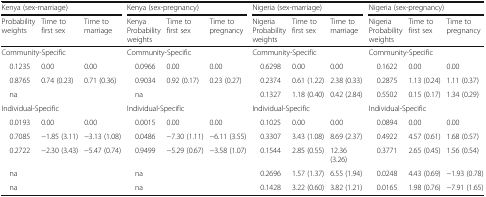
<table><thead><tr><td colspan="3"><b>Kenya (sex-marriage)</b></td><td colspan="3"><b>Kenya (sex-pregnancy)</b></td><td colspan="3"><b>Nigeria (sex-marriage)</b></td><td colspan="3"><b>Nigeria (sex-pregnancy)</b></td></tr><tr><td><b>Probability weights</b></td><td><b>Time to first sex</b></td><td><b>Time to marriage</b></td><td><b>Kenya Probability weights</b></td><td><b>Time to first sex</b></td><td><b>Time to pregnancy</b></td><td><b>Nigeria Probability weights</b></td><td><b>Time to first sex</b></td><td><b>Time to marriage</b></td><td><b>Nigeria Probability weights</b></td><td><b>Time to first sex</b></td><td><b>Time to pregnancy</b></td></tr></thead><tbody><tr><td colspan="3">Community-Specific</td><td colspan="3">Community-Specific</td><td colspan="3">Community-Specific</td><td colspan="3">Community-Specific</td></tr><tr><td> 0.1235</td><td>0.00</td><td>0.00</td><td> 0.0966</td><td>0.00</td><td>0.00</td><td> 0.6298</td><td>0.00</td><td>0.00</td><td> 0.1622</td><td>0.00</td><td>0.00</td></tr><tr><td> 0.8765</td><td>0.74 (0.23)</td><td>0.71 (0.36)</td><td> 0.9034</td><td>0.92 (0.17)</td><td>0.23 (0.27)</td><td> 0.2374</td><td>0.61 (1.22)</td><td>2.38 (0.33)</td><td> 0.2875</td><td>1.13 (0.24)</td><td>1.11 (0.37)</td></tr><tr><td> na</td><td></td><td></td><td> na</td><td></td><td></td><td> 0.1327</td><td>1.18 (0.40)</td><td>0.42 (2.84)</td><td> 0.5502</td><td>0.15 (0.17)</td><td>1.34 (0.29)</td></tr><tr><td colspan="3">Individual-Specific</td><td colspan="3">Individual-Specific</td><td colspan="3">Individual-Specific</td><td colspan="3">Individual-Specific</td></tr><tr><td> 0.0193</td><td>0.00</td><td>0.00</td><td> 0.0015</td><td>0.00</td><td>0.00</td><td> 0.1025</td><td>0.00</td><td>0.00</td><td> 0.0894</td><td>0.00</td><td>0.00</td></tr><tr><td> 0.7085</td><td>−1.85 (3.11)</td><td>−3.13 (1.08)</td><td> 0.0486</td><td>−7.30 (1.11)</td><td>−6.11 (3.55)</td><td> 0.3307</td><td>3.43 (1.08)</td><td>8.69 (2.37)</td><td> 0.4922</td><td>4.57 (0.61)</td><td>1.68 (0.57)</td></tr><tr><td> 0.2722</td><td>−2.30 (3.43)</td><td>−5.47 (0.74)</td><td> 0.9499</td><td>−5.29 (0.67)</td><td>−3.58 (1.07)</td><td> 0.1544</td><td>2.85 (0.55)</td><td>12.36 (3.26)</td><td> 0.3771</td><td>2.65 (0.45)</td><td>1.56 (0.54)</td></tr><tr><td> na</td><td></td><td></td><td> na</td><td></td><td></td><td> 0.2696</td><td>1.57 (1.37)</td><td>6.55 (1.94)</td><td> 0.0248</td><td>4.43 (0.69)</td><td>−1.93 (0.78)</td></tr><tr><td> na</td><td></td><td></td><td> na</td><td></td><td></td><td> 0.1428</td><td>3.22 (0.60)</td><td>3.82 (1.21)</td><td> 0.0165</td><td>1.98 (0.76)</td><td>−7.91 (1.65)</td></tr></tbody></table>